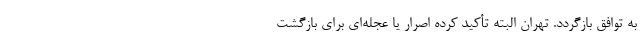
به توافق بازگردد. تهران البته تأکید کرده اصرار یا عجله‌ای برای بازگشت